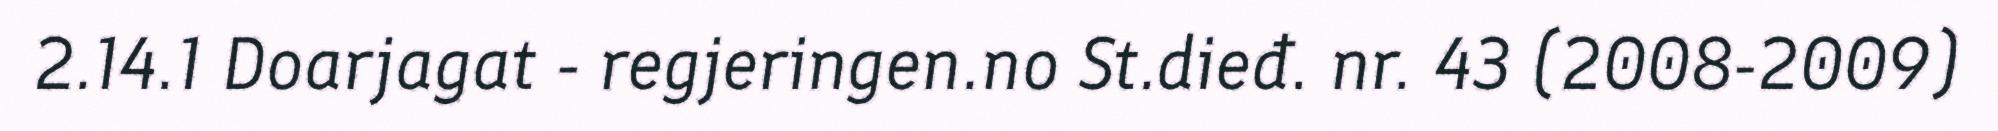
2.14.1 Doarjagat - regjeringen.no St.dieđ. nr. 43 (2008-2009)